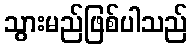
သွားမည်ဖြစ်ပါသည်